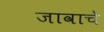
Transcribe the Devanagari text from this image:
जावाचे